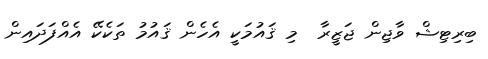
ބިރިޓިޝް ވާޖިން ޖަޒީރާ  މި ޤައުމަކީ އެހެން ޤައުމު ތަކެކޭ އެއްފަދައިން